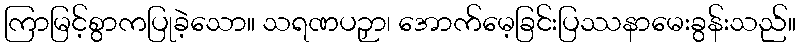
ကြာမြင့်စွာကပြုခဲ့သော။ သရဏပဉှာ၊ အောက်မေ့ခြင်းပြဿနာမေးခွန်းသည်။